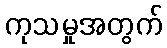
ကုသမှုအတွက်